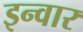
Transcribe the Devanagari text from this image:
इन्वार